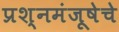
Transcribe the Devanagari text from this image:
प्रश्नमंजूषेचे